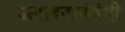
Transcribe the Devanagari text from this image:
उत्पादनासंबंधी